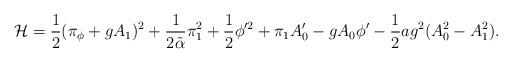
LaTeX: \begin{align*}{\cal H} = {1\over 2}(\pi_\phi +gA_1)^2 + {1\over {2\tilde\alpha}}\pi_1^2 + {1\over 2}\phi'^2 + \pi_1A_0'-gA_0\phi' - {1\over 2}ag^2(A_0^2 - A_1^2).\end{align*}